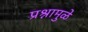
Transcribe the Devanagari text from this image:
प्रश्नामुळे